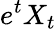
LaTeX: e^{t}X_{t}